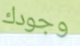
وجودك